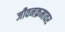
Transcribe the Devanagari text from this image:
जीवनक्रमावर